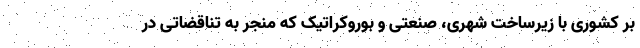
بر کشوری با زیرساخت شهری، صنعتی و بوروکراتیک که منجر به تناقضاتی در